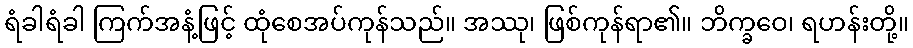
ရံခါရံခါ ကြက်အနံ့ဖြင့် ထုံစေအပ်ကုန်သည်။ အဿု၊ ဖြစ်ကုန်ရာ၏။ ဘိက္ခဝေ၊ ရဟန်းတို့။